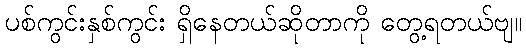
ပစ်ကွင်းနှစ်ကွင်း ရှိနေတယ်ဆိုတာကို တွေ့ရတယ်ဗျ။